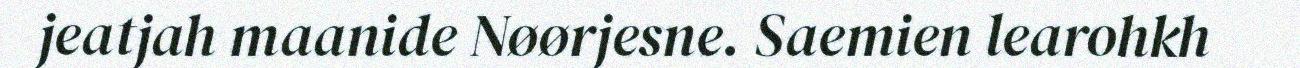
jeatjah maanide Nøørjesne. Saemien learohkh